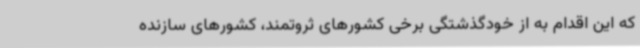
که این اقدام به از خودگذشتگی برخی کشورهای ثروتمند، کشورهای سازنده